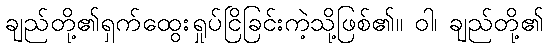
ချည်တို့၏ရှက်ထွေးရှုပ်ငြိခြင်းကဲ့သို့ဖြစ်၏။ ဝါ၊ ချည်တို့၏